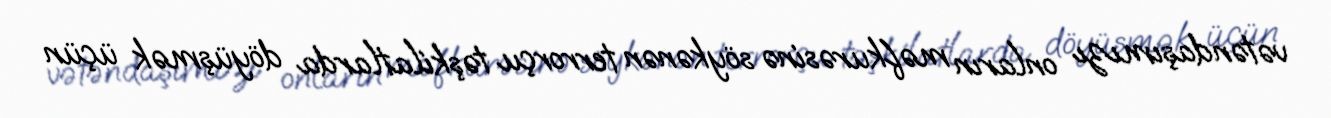
vətəndaşımızı onların məfkurəsinə söykənən terrorçu təşkilatlarda döyüşmək üçün